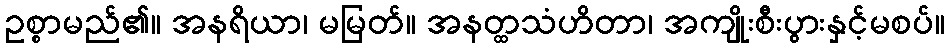
ဥစ္စာမည်၏။ အနရိယာ၊ မမြတ်။ အနတ္ထသံဟိတာ၊ အကျိုးစီးပွားနှင့်မစပ်။